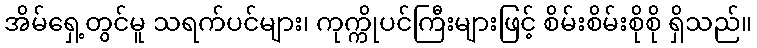
အိမ်ရှေ့တွင်မူ သရက်ပင်များ၊ ကုက္ကိုပင်ကြီးများဖြင့် စိမ်းစိမ်းစိုစို ရှိသည်။